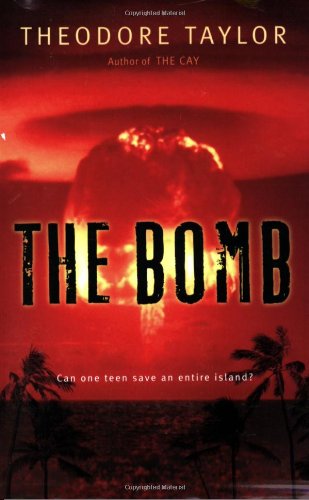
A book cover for The Bomb; Theodore Taylor; Teen & Young Adult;